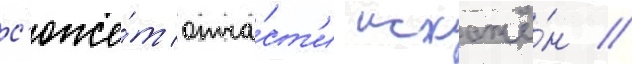
с'юже́т отча́ст'и искажё́н //